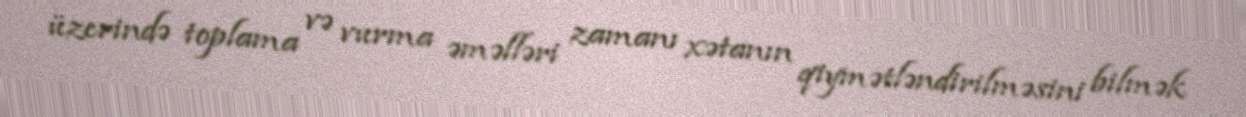
üzerində toplama və vurma əməlləri zamanı xətanın qiymətləndirilməsini bilmək